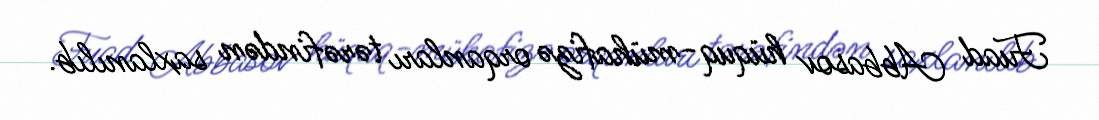
Fuad Abbasov hüquq-mühafizə orqanları tərəfindən saxlanılıb.